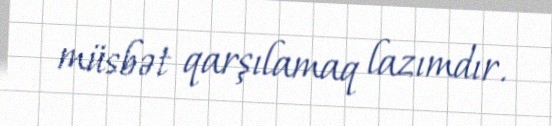
müsbət qarşılamaq lazımdır.